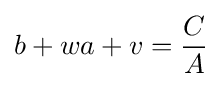
b+wa+v={C \over A}